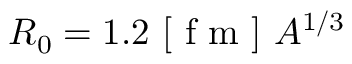
R _ { 0 } = 1 . 2 \ [ \mathrm { ~ f ~ m ~ } ] \ A ^ { 1 / 3 }